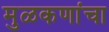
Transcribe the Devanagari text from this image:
मुळकणांचा